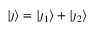
\lvert \j \rangle = \lvert \j _ { 1 } \rangle + \lvert \j _ { 2 } \rangle